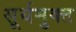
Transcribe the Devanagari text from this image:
सूर्यमुक्त